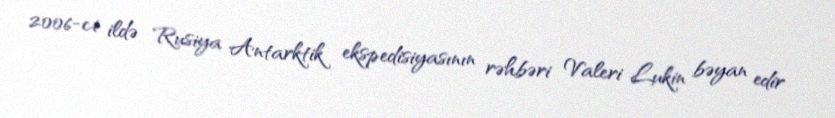
2006-ci ildə Rusiya Antarktik ekspedisiyasının rəhbəri Valeri Lukin bəyan edir